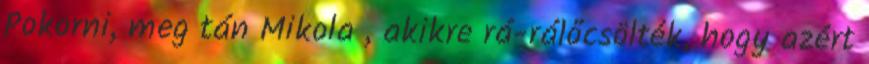
Pokorni, meg tán Mikola , akikre rá-rálőcsölték, hogy azért